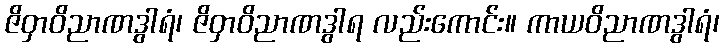
ဇိဝှာဝိညာဏဒွါရံ၊ ဇိဝှာဝိညာဏဒွါရ လည်းကောင်း။ ကာယဝိညာဏဒွါရံ၊